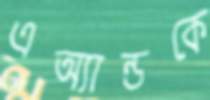
এঅ্যান্ডকে